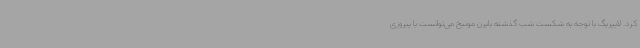
کرد. لایپزیگ با توجه به شکست شب گذشته بایرن مونیخ می‌توانست با پیروزی